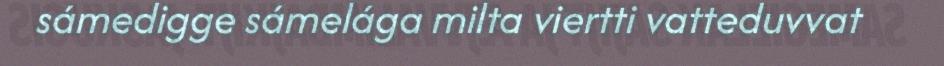
sámedigge sámelága milta viertti vatteduvvat